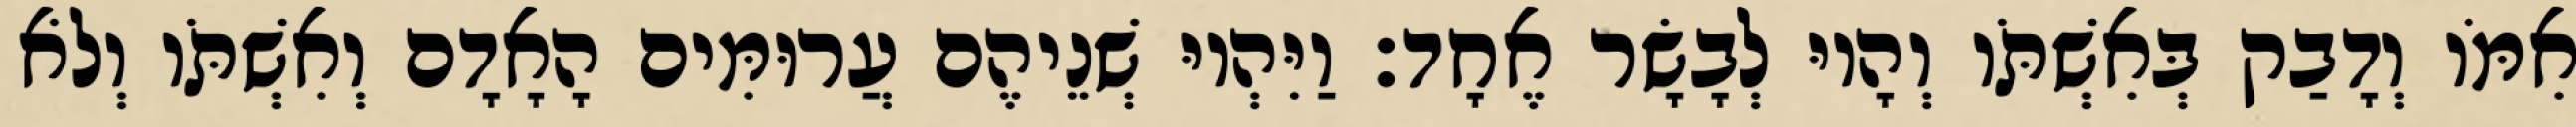
אִמֹּו וְדָבַק בְּאִשְׁתֹּו וְהָיוּ לְבָשָׂר אֶחָד׃ וַיִּהְיוּ שְׁנֵיהֶם עֲרוּמִּים הָאָדָם וְאִשְׁתֹּו וְלֹא